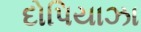
દોપિયાઝા